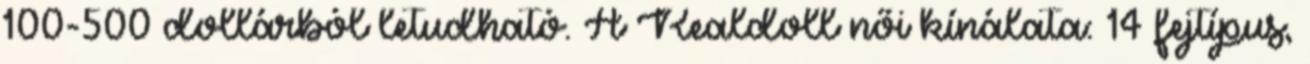
100-500 dollárból letudható. A Realdoll női kínálata: 14 fejtípus,